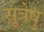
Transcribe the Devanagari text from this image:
सूत्रेषु